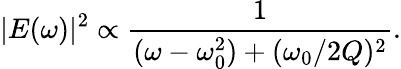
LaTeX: |E(\omega)|^{2}\propto\frac{1}{(\omega-\omega_{0}^{2})+(\omega_{0}/2Q)^{2}}.